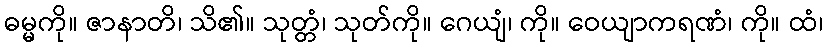
ဓမ္မကို။ ဇာနာတိ၊ သိ၏။ သုတ္တံ၊ သုတ်ကို။ ဂေယျံ၊ ကို။ ဝေယျာကရဏံ၊ ကို။ ထံ၊